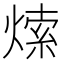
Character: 𤌘